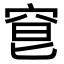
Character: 䆞